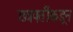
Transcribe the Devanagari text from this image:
छत्रपतींकडून